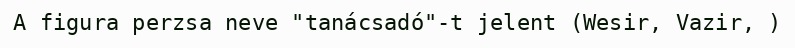
A figura perzsa neve "tanácsadó"-t jelent (Wesir, Vazir, )